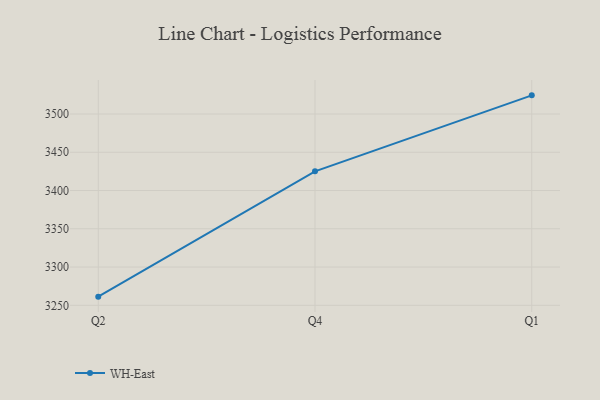
{"axis": {"x": "Quarter", "y": "Backlog"}, "legend": ["WH-East"], "data": [{"x": "Q2", "y": 3261.3, "type": "WH-East"}, {"x": "Q4", "y": 3425.1, "type": "WH-East"}, {"x": "Q1", "y": 3524.4, "type": "WH-East"}]}